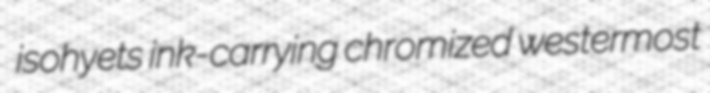
isohyets ink-carrying chromized westermost